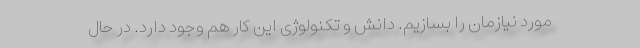
مورد نیازمان را بسازیم. دانش و تکنولوژی این کار هم وجود دارد. در حال